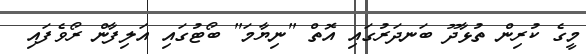
މީގެ ކުރިން ތުޅާދޫ ބަނދަރުގައި އޮތް "ނިޔާމަ" ބޯޓުގައި އަލިފާން ރޯވެފައި